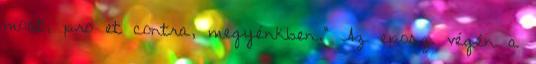
most, pro et contra, megyénkben.” Az eposz végén a